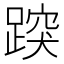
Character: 𨃍